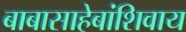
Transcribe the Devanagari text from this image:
बाबासाहेबांशिवाय